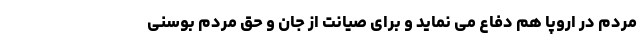
مردم در اروپا هم دفاع می نماید و برای صیانت از جان و حق مردم بوسنی